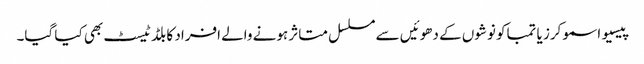
پیسیو اسموکرز یا تمباکو نوشوں کے دھوئیں سے مسلسل متاثر ہونے والے افراد کا بلڈ ٹیسٹ بھی کیا گیا۔